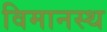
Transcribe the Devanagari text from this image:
विमानस्थ